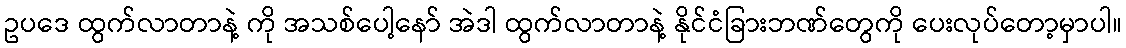
ဥပဒေ ထွက်လာတာနဲ့ ကို အသစ်ပေါ့နော် အဲဒါ ထွက်လာတာနဲ့ နိုင်ငံခြားဘဏ်တွေကို ပေးလုပ်တော့မှာပါ။